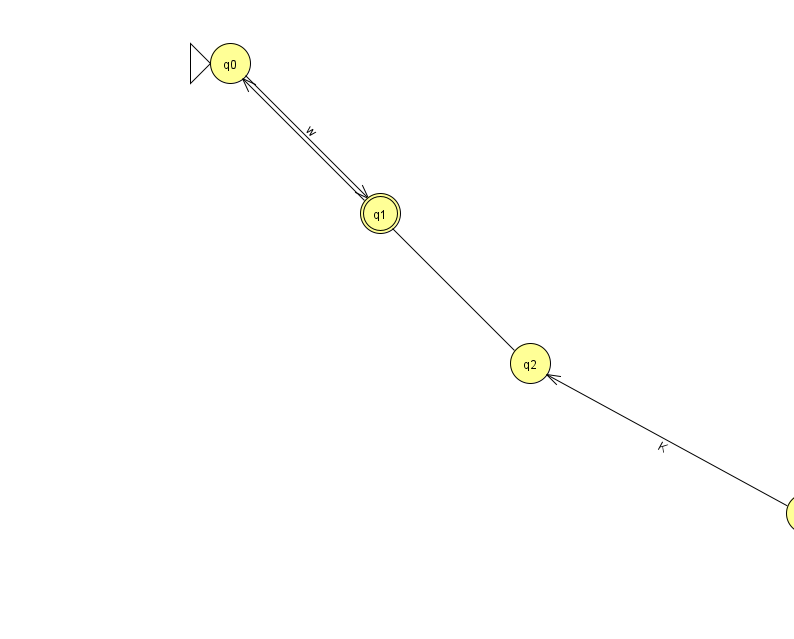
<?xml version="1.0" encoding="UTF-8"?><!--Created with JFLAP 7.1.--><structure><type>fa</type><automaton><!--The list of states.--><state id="0" name="q0"><x>230.0</x><y>50.0</y><initial/></state><state id="1" name="q1"><x>380.0</x><y>200.0</y><final/></state><state id="2" name="q2"><x>530.0</x><y>350.0</y></state><state id="3" name="q3"><x>806.0</x><y>500.0</y></state><!--The list of transitions.--><transition><from>0</from><to>1</to><read>w</read></transition><transition><from>3</from><to>2</to><read>K</read></transition><transition><from>2</from><to>0</to><read>p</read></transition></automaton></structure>